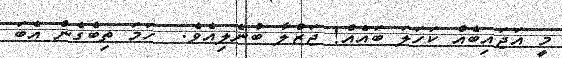
މީ އަޖައިބެއް ކަހަލަ ބައެއް! ޖަޒްލާ ބުނެލިއެވެ.  ހަމަ ތިބެގެން އެބަ